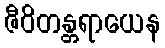
ဇီဝိတန္တရာယေန